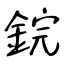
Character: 鋎